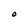
Character: O